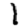
Digit: 1